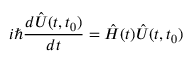
i \hbar \frac { d \hat { U } ( t , t _ { 0 } ) } { d t } = \hat { H } ( t ) \hat { U } ( t , t _ { 0 } )